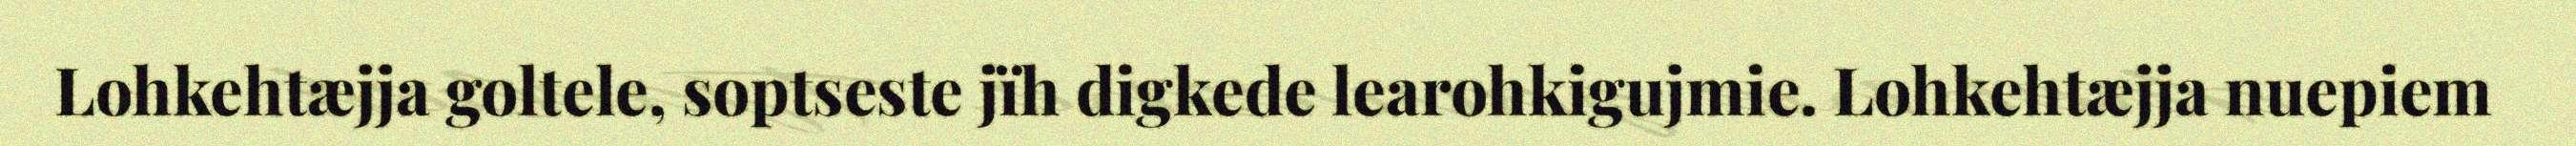
Lohkehtæjja goltele, soptseste jïh digkede learohkigujmie. Lohkehtæjja nuepiem